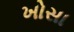
ખોસા